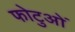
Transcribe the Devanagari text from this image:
फोटुओं